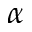
\alpha